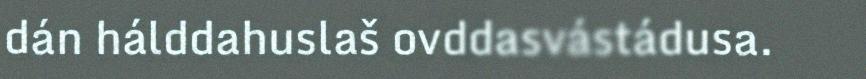
dán hálddahuslaš ovddasvástádusa.